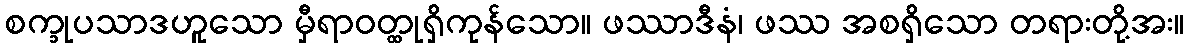
စက္ခုပသာဒဟူသော မှီရာဝတ္ထုရှိကုန်သော။ ဖဿာဒီနံ၊ ဖဿ အစရှိသော တရားတို့အး။